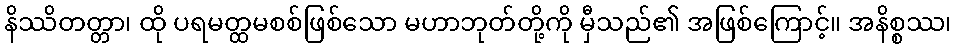
နိဿိတတ္တာ၊ ထို ပရမတ္ထမစစ်ဖြစ်သော မဟာဘုတ်တို့ကို မှီသည်၏ အဖြစ်ကြောင့်။ အနိစ္စဿ၊